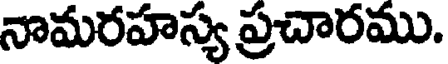
నామరహస్య ప్రచారము.